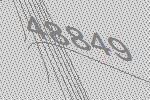
48849